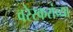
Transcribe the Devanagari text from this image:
वरेरकरांच्या